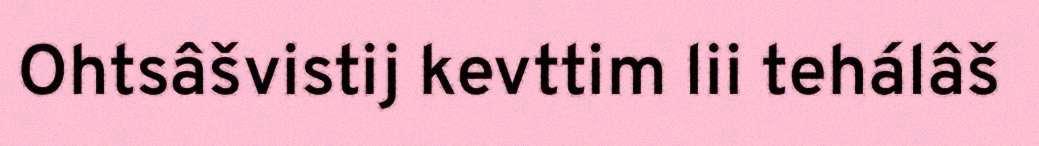
Ohtsâšvistij kevttim lii tehálâš